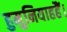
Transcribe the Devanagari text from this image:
हुमुनियाहहैं।